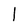
Character: 1